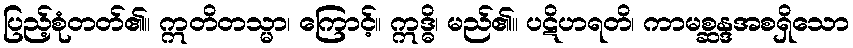
ပြည့်စုံတတ်၏။ ဣတိတသ္မာ၊ ကြောင့်။ ဣဒ္ဓိ၊ မည်၏။ ပဋိဟရတိ၊ ကာမစ္ဆန္ဒအစရှိသော